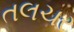
તલચર